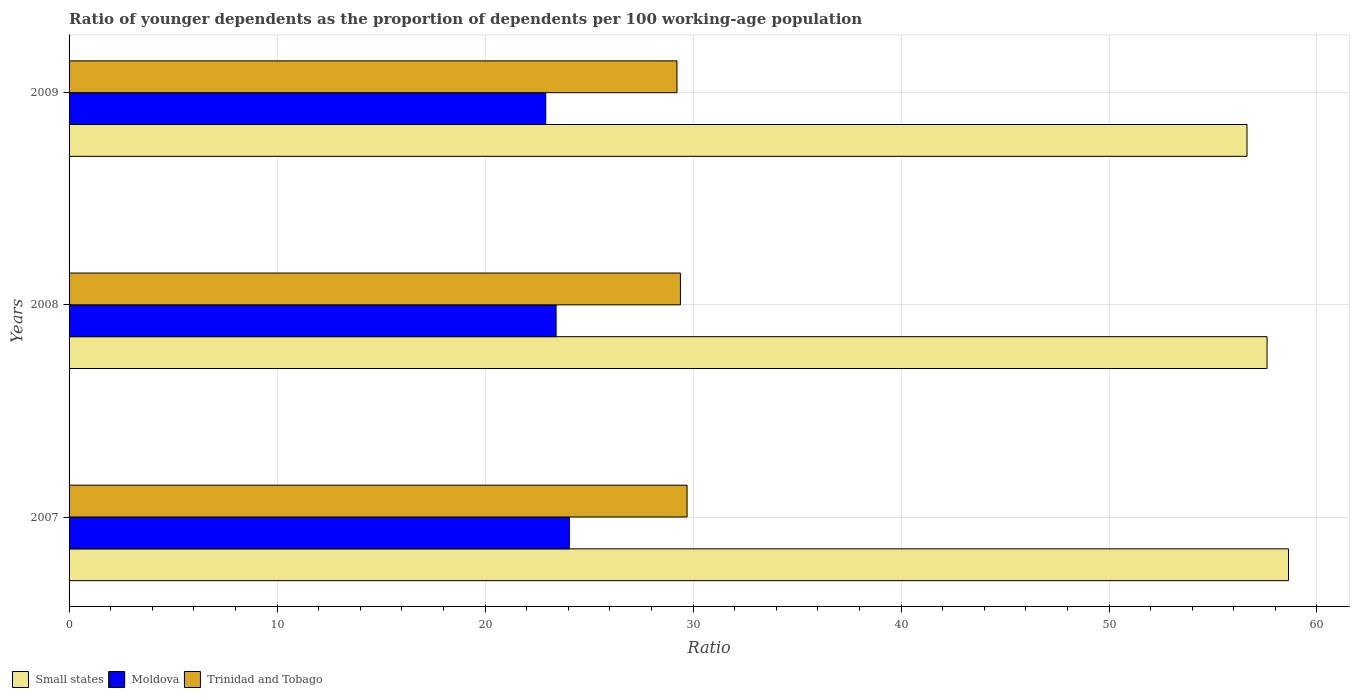
| Years | Small states | Moldova | Trinidad and Tobago |
 | --- | --- | --- | --- |
 | 2007 | 58.6 | 24.1 | 29.7 |
 | 2008 | 57.6 | 23.4 | 29.4 |
 | 2009 | 56.6 | 22.9 | 29.2 |